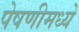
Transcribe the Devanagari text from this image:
पेषणीमध्ये